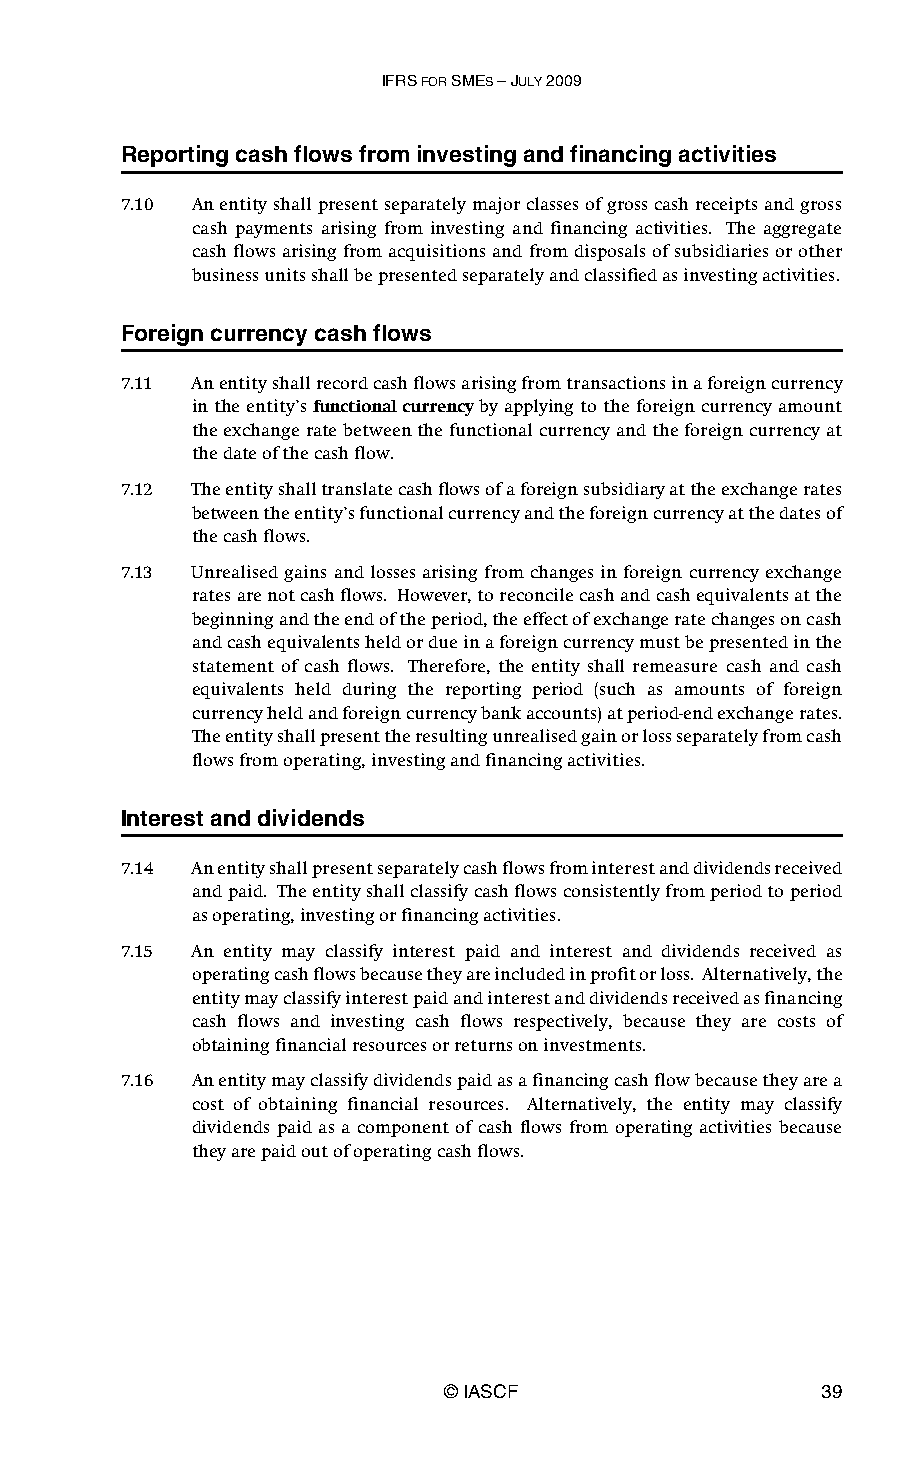
IFRS FOR SMES – JULY 2009
 Reporting cash flows from investing and financing activities
 7.10 An entity shall present separately major classes of gross cash receipts and gross
 cash payments arising from investing and financing activities. The aggregate
 cash flows arising from acquisitions and from disposals of subsidiaries or other
 business units shall be presented separately and classified as investing activities.
 Foreign currency cash flows
 7.11 An entity shall record cash flows arising from transactions in a foreign currency
 in the entity’s functional currency by applying to the foreign currency amount
 the exchange rate between the functional currency and the foreign currency at
 the date of the cash flow.
 7.12 The entity shall translate cash flows of a foreign subsidiary at the exchange rates
 between the entity’s functional currency and the foreign currency at the dates of
 the cash flows.
 7.13 Unrealised gains and losses arising from changes in foreign currency exchange
 rates are not cash flows. However, to reconcile cash and cash equivalents at the
 beginning and the end of the period, the effect of exchange rate changes on cash
 and cash equivalents held or due in a foreign currency must be presented in the
 statement of cash flows. Therefore, the entity shall remeasure cash and cash
 equivalents held during the reporting period (such as amounts of foreign
 currency held and foreign currency bank accounts) at period-end exchange rates.
 The entity shall present the resulting unrealised gain or loss separately from cash
 flows from operating, investing and financing activities.
 Interest and dividends
 7.14 An entity shall present separately cash flows from interest and dividends received
 and paid. The entity shall classify cash flows consistently from period to period
 as operating, investing or financing activities.
 7.15 An entity may classify interest paid and interest and dividends received as
 operating cash flows because they are included in profit or loss. Alternatively, the
 entity may classify interest paid and interest and dividends received as financing
 cash flows and investing cash flows respectively, because they are costs of
 obtaining financial resources or returns on investments.
 7.16 An entity may classify dividends paid as a financing cash flow because they are a
 cost of obtaining financial resources. Alternatively, the entity may classify
 dividends paid as a component of cash flows from operating activities because
 they are paid out of operating cash flows.
 © IASCF                  39